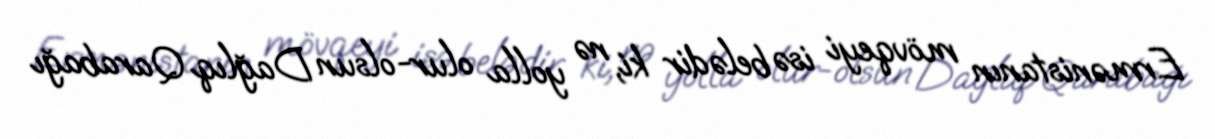
Ermənistanın mövqeyi isə belədir ki, nə yolla olur-olsun Dağlıq Qarabağı